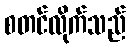
စတင်လိုက်သည်